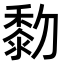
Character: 𪏯